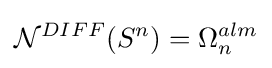
{\mathcal {N}}^{DIFF}(S^{n})=\Omega _{n}^{alm}